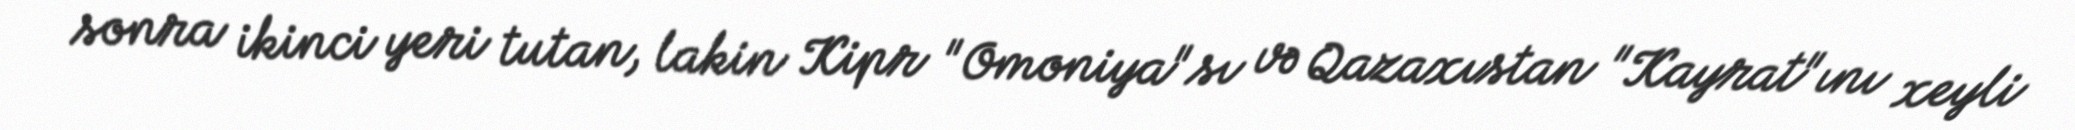
sonra ikinci yeri tutan, lakin Kipr "Omoniya"sı və Qazaxıstan "Kayrat"ını xeyli